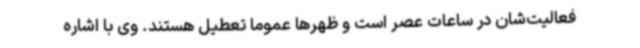
فعالیت‌شان در ساعات عصر است و ظهرها عموما تعطیل هستند. وی با اشاره